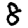
Digit: 8